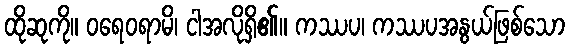
ထိုဆုကို။ ဝရေဝရာမိ၊ ငါအလိုရှိ၏။ ကဿပ၊ ကဿပအနွယ်ဖြစ်သော